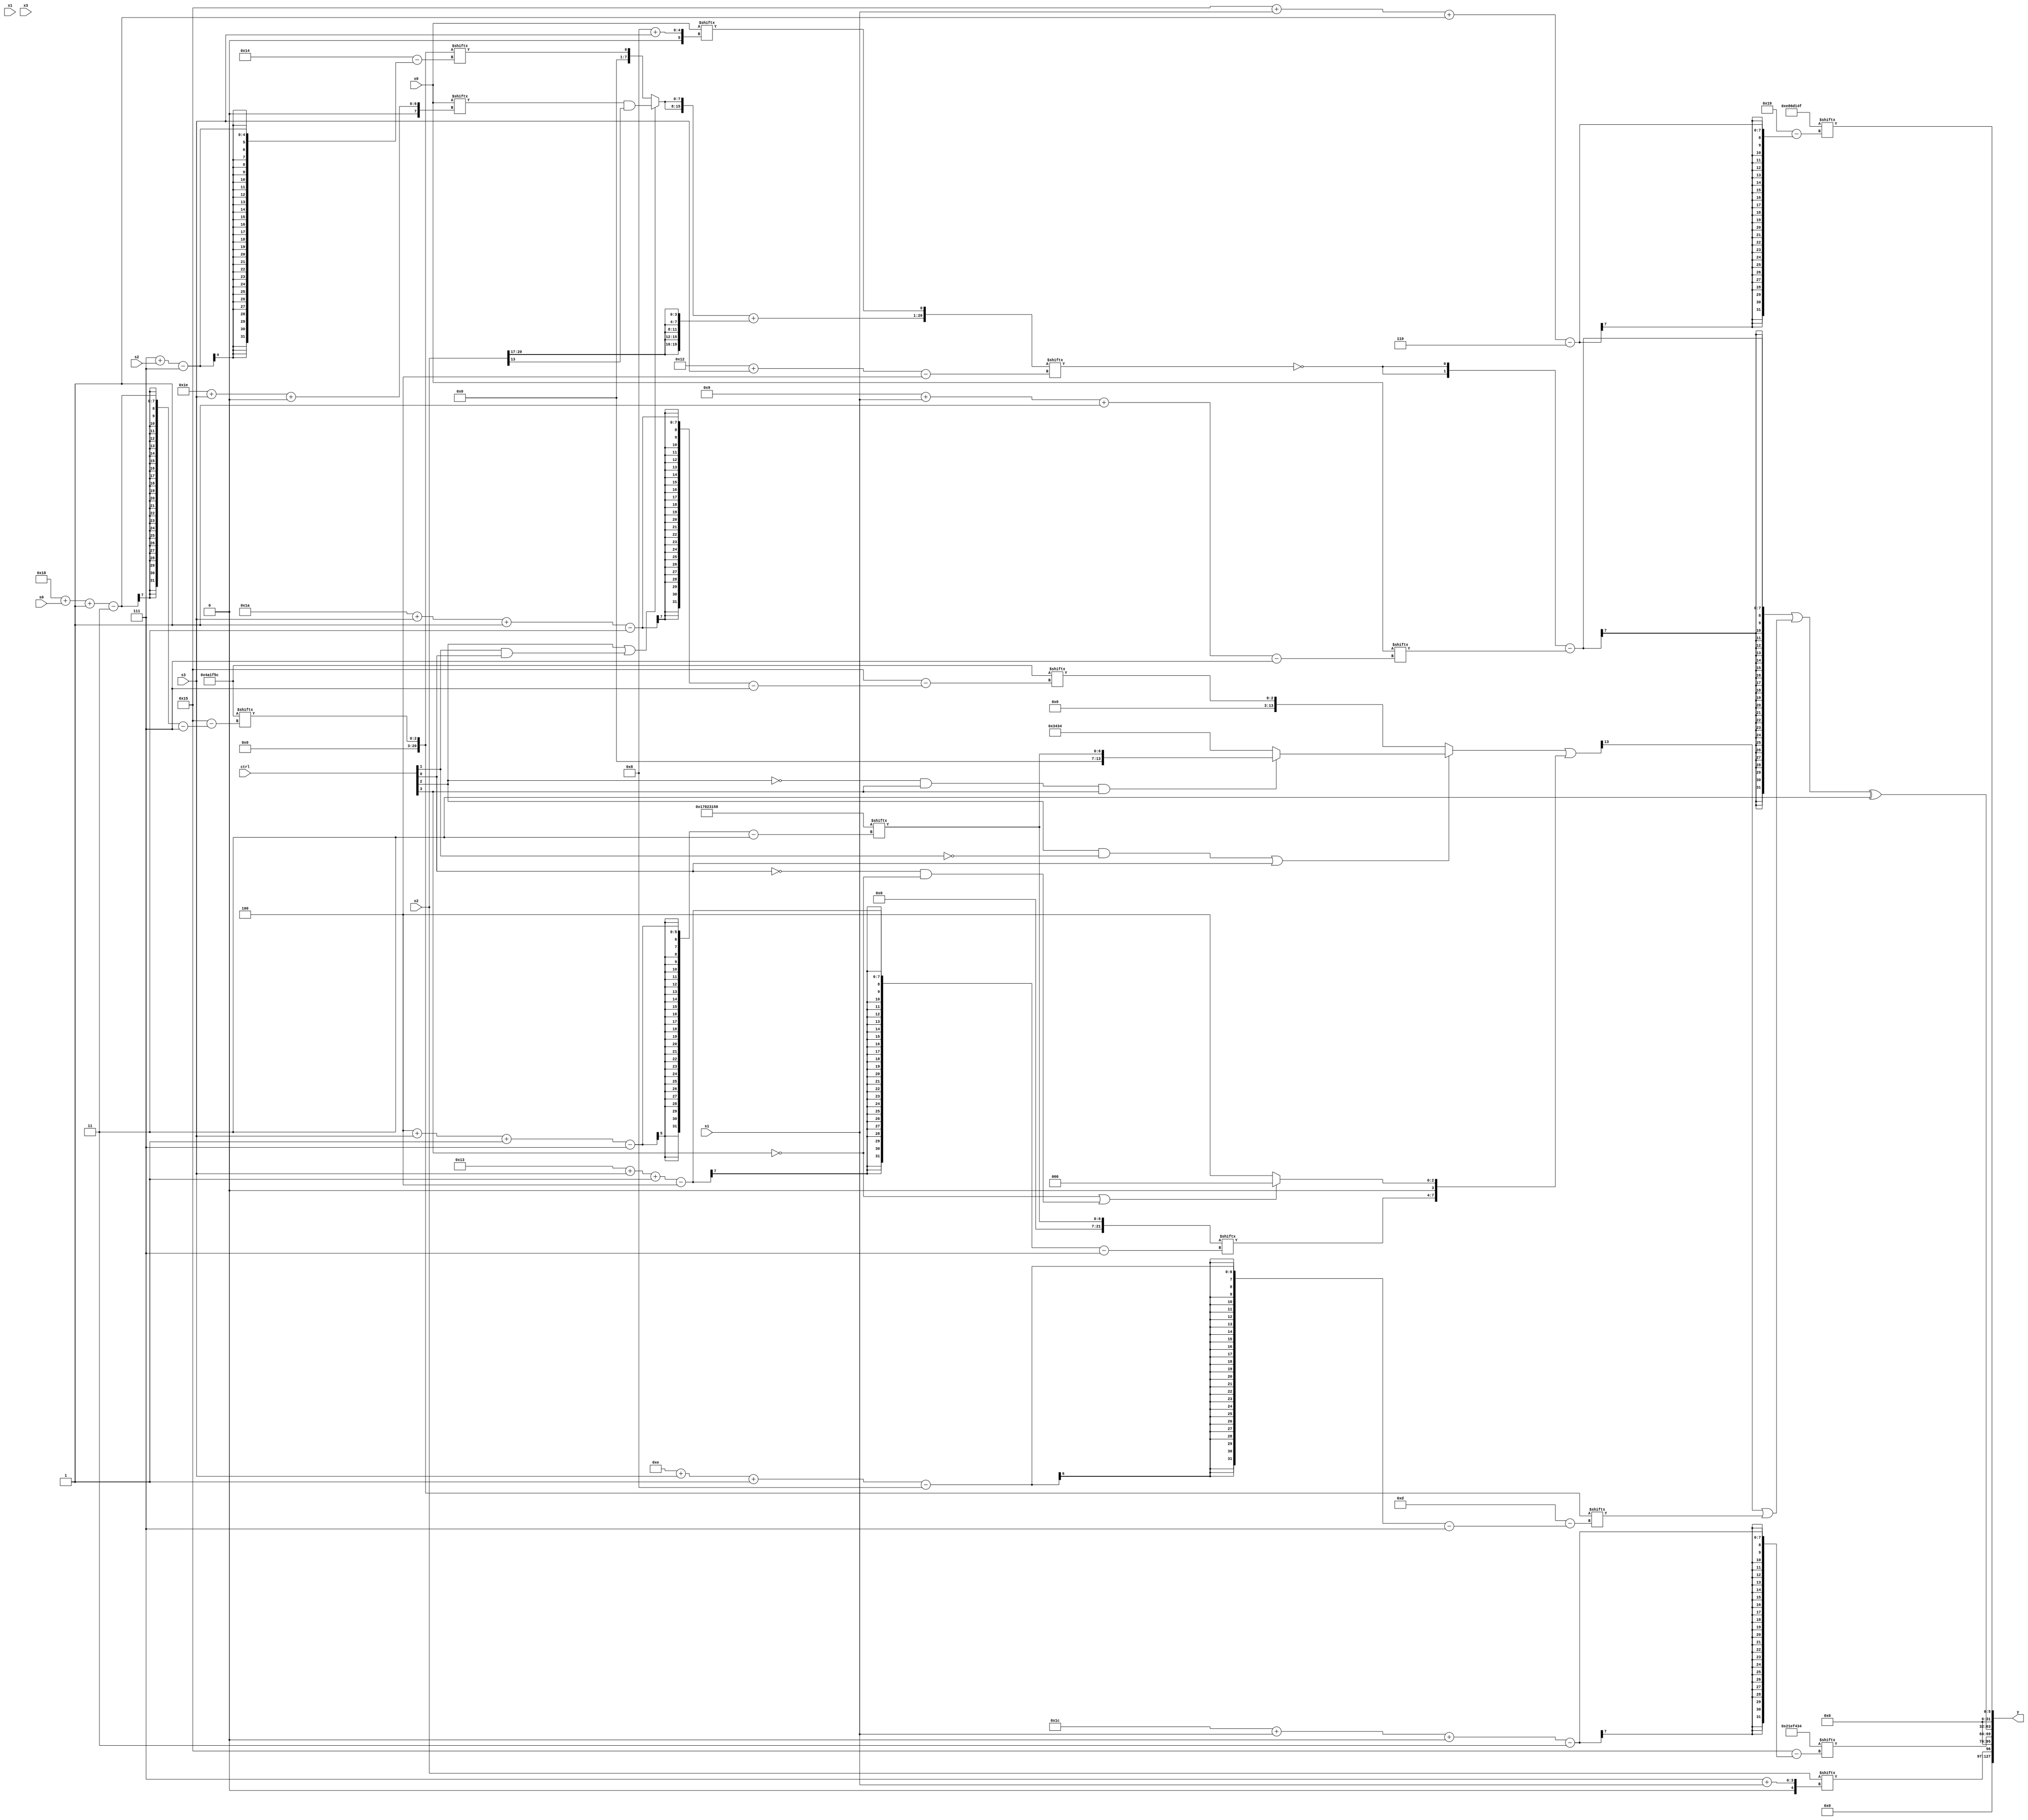
module partsel_00000(ctrl, s0, s1, s2, s3, x0, x1, x2, x3, y);
  input [3:0] ctrl;
  input [2:0] s0;
  input [2:0] s1;
  input [2:0] s2;
  input [2:0] s3;
  input [31:0] x0;
  input signed [31:0] x1;
  input signed [31:0] x2;
  input signed [31:0] x3;
  wire signed [7:27] x4;
  wire signed [6:26] x5;
  wire signed [24:4] x6;
  wire [25:4] x7;
  wire [1:26] x8;
  wire [6:25] x9;
  wire [28:7] x10;
  wire signed [31:0] x11;
  wire signed [6:28] x12;
  wire [30:0] x13;
  wire signed [7:27] x14;
  wire [24:2] x15;
  output [127:0] y;
  wire signed [31:0] y0;
  wire [31:0] y1;
  wire [31:0] y2;
  wire [31:0] y3;
  assign y = {y0,y1,y2,y3};
  localparam [3:29] p0 = 572453940;
  localparam [0:30] p1 = 243716431;
  localparam [7:30] p2 = 407510876;
  localparam signed [31:3] p3 = 394408280;
  assign x4 = p2[24 + s0 -: 3];
  assign x5 = x4[17 -: 2];
  assign x6 = {({2{(ctrl[2] || ctrl[1] && ctrl[0] ? (x0[30 + s3 +: 8] & x2[13 -: 1]) : x4[7 + s2])}} + {2{{2{{2{x2[20 -: 4]}}}}}}), x0[8 + s3]};
  assign x7 = {((p3[8 + s1 +: 7] + x5[26 + s2 -: 2]) & x5[24 + s3 +: 2]), {2{p1}}};
  assign x8 = (!ctrl[1] || ctrl[2] && !ctrl[0] ? p3[13] : (x5[13] | x3));
  assign x9 = x0[19 + s1];
  assign x10 = p3[4 + s3 -: 7];
  assign x11 = ((x4 & p0[20]) ^ (x7[27 + s2 -: 1] | {x3[14 +: 2], p1[14]}));
  assign x12 = {{((ctrl[2] && !ctrl[1] || ctrl[0] ? (!ctrl[2] && ctrl[3] && ctrl[3] ? x10 : p0) : p2[26 + s3 -: 3]) | {x10[19 + s3 -: 4], (!ctrl[3] || !ctrl[0] && !ctrl[3] ? x9[11 +: 4] : p2[15 -: 4])}), x7[9 + s2]}, p2[18 -: 2]};
  assign x13 = x2[30 + s0 -: 2];
  assign x14 = {2{(ctrl[2] || ctrl[0] && ctrl[1] ? x0[18 + s1] : x3)}};
  assign x15 = (((x1[4 + s0 -: 7] + ({2{p1[4 + s2 -: 5]}} ^ ((x4 | x4[5 + s3 -: 2]) + x8[24 + s0 -: 1]))) + (p2[15 + s0] & x6[15])) ^ (p2[12 + s2 -: 2] + (x13[19 + s1] - p1[8 +: 2])));
  assign y0 = x2[7 + s1];
  assign y1 = p0[28 + s1 +: 6];
  assign y2 = ((({2{(p2[21] ^ x6[18 + s3])}} - x0[9 + s1 -: 7]) | (x12[12] | x4[14 + s3 -: 8])) ^ p3[15 +: 4]);
  assign y3 = p1[21 + s1 -: 6];
endmodule